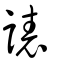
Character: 諘